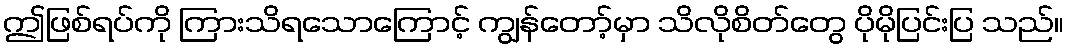
ဤဖြစ်ရပ်ကို ကြားသိရသောကြောင့် ကျွန်တော့်မှာ သိလိုစိတ်တွေ ပိုမိုပြင်းပြ သည်။